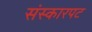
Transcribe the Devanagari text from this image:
संस्कारपट